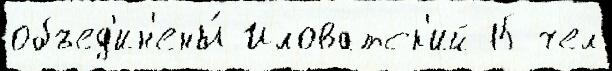
объед'ин'ены́ Иловатск'ий 15 чел